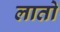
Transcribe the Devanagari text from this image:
लातो